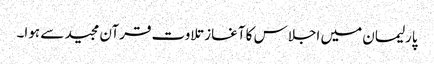
پارلیمان میں اجلاس کا آغاز تلاوت قرآن مجید سے ہوا۔